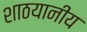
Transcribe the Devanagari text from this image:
शाठयानीय